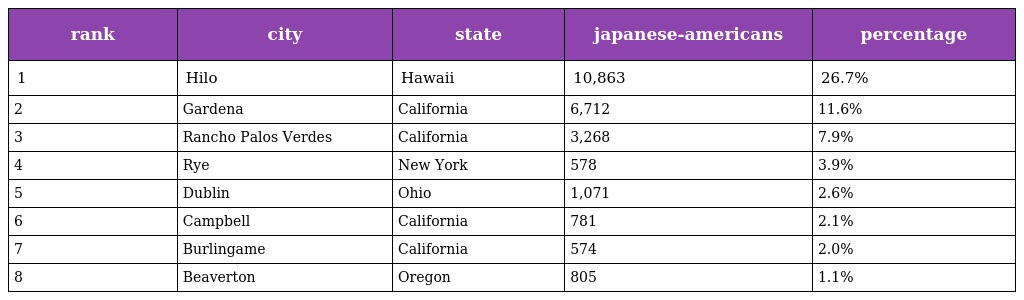
| rank | city | state | japanese-americans | percentage |
 | --- | --- | --- | --- | --- |
 | 1 | Hilo | Hawaii | 10,863 | 26.7% |
 | 2 | Gardena | California | 6,712 | 11.6% |
 | 3 | Rancho Palos Verdes | California | 3,268 | 7.9% |
 | 4 | Rye | New York | 578 | 3.9% |
 | 5 | Dublin | Ohio | 1,071 | 2.6% |
 | 6 | Campbell | California | 781 | 2.1% |
 | 7 | Burlingame | California | 574 | 2.0% |
 | 8 | Beaverton | Oregon | 805 | 1.1% |